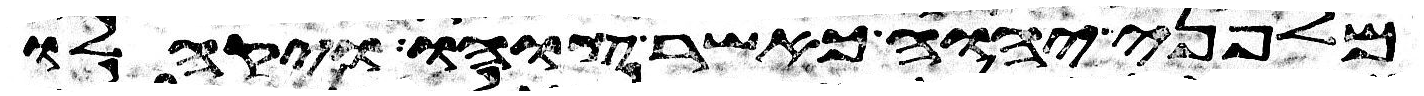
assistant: מלפני יהוה כאשר צוהו ויקהלו